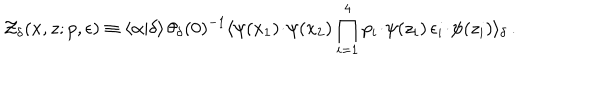
{ \cal Z } _ { \delta } ( x , z ; p , \epsilon ) \equiv \langle \alpha | \delta \rangle \, \theta _ { \delta } ( 0 ) ^ { - 1 } \langle \psi ( x _ { 1 } ) \! \cdot \! \psi ( x _ { 2 } ) \prod _ { i = 1 } ^ { 4 } p _ { i } \! \cdot \! \psi ( z _ { i } ) \, \epsilon _ { i } \! \cdot \! \psi ( z _ { i } ) \rangle _ { \delta } \, .